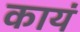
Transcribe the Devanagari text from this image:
कायं